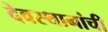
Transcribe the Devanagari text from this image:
देवस्थानांची